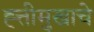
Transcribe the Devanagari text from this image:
ह्त्तीमुखाचे